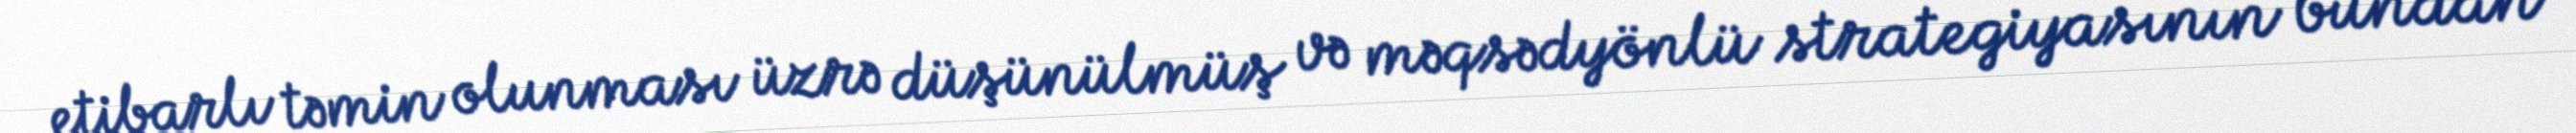
etibarlı təmin olunması üzrə düşünülmüş və məqsədyönlü strategiyasının bundan